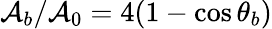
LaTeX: \mathcal{A}_{b}/\mathcal{A}_{0}=4(1-\cos\theta_{b})